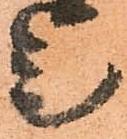
是